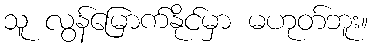
သူ လွန်မြောက်နိုင်မှာ မဟုတ်ဘူး။